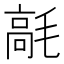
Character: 𩫁